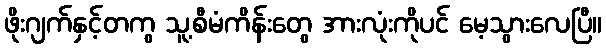
ဖိုးဂျက်နှင့်တကွ သူ့စီမံကိန်းတွေ အားလုံးကိုပင် မေ့သွားလေပြီ။